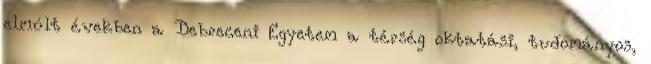
elmúlt években a Debreceni Egyetem a térség oktatási, tudományos,